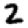
Digit: 2